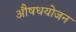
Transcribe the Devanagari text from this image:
औषधयोजन